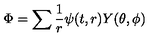
\Phi = \sum \displaystyle \frac { 1 } { r } \psi ( t , r ) Y ( \theta , \phi )